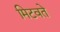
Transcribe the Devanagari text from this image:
मिटवते